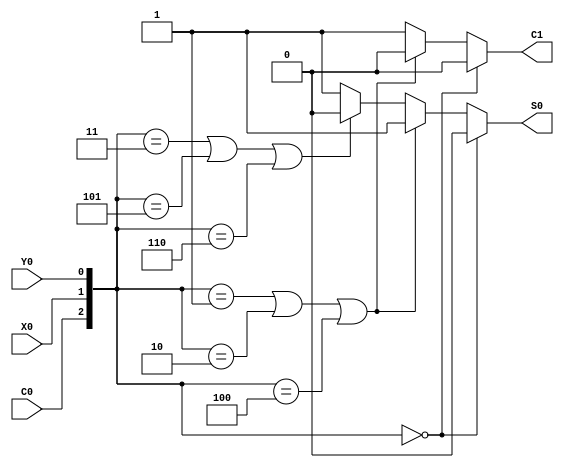
module FULL_ADDER2(X0, Y0, C0, S0, C1);
    input X0, Y0, C0;
    output S0, C1;

    wire [2:0] DATA;
    reg C1, S0;

    assign DATA = {C0, X0, Y0};

    always @(DATA)
        if (DATA == 3'o0)
            {C1, S0} = 2'b00;
        else if ((DATA == 3'o1) | (DATA == 3'o2) | (DATA == 3'o4))
            {C1, S0} = 2'b01;
        else if ((DATA == 3'o3) | (DATA == 3'o5) | (DATA == 3'o6))
            {C1, S0} = 2'b10;
        else
            {C1, S0} = 2'b11;
endmodule